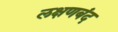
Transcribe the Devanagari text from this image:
लक्षणबंद